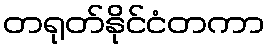
တရုတ်နိုင်ငံတကာ